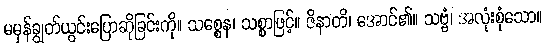
မမှန်ချွတ်ယွင်းပြောဆိုခြင်းကို။ သစ္စေန၊ သစ္စာဖြင့်။ ဇိနာတိ၊ အောင်၏။ သဗ္ဗံ၊ အလုံးစုံသော။